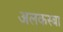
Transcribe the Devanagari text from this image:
अलकस्बा